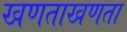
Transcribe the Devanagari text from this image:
खणताखणता